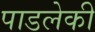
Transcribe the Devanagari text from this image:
पाडलेकी